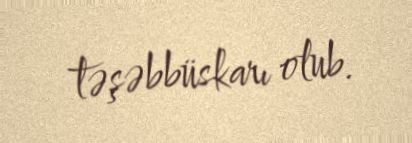
təşəbbüskarı olub.